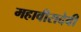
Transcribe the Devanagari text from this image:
महावीरादेवी